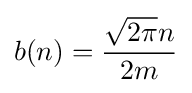
b(n)={\frac {{\sqrt {2\pi }}n}{2m}}